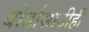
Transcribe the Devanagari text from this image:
बोर्डासाठीही